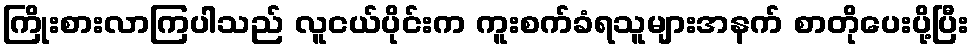
ကြိုးစားလာကြပါသည် လူငယ်ပိုင်းက ကူးစက်ခံရသူများအနက် စာတိုပေးပို့ပြီး